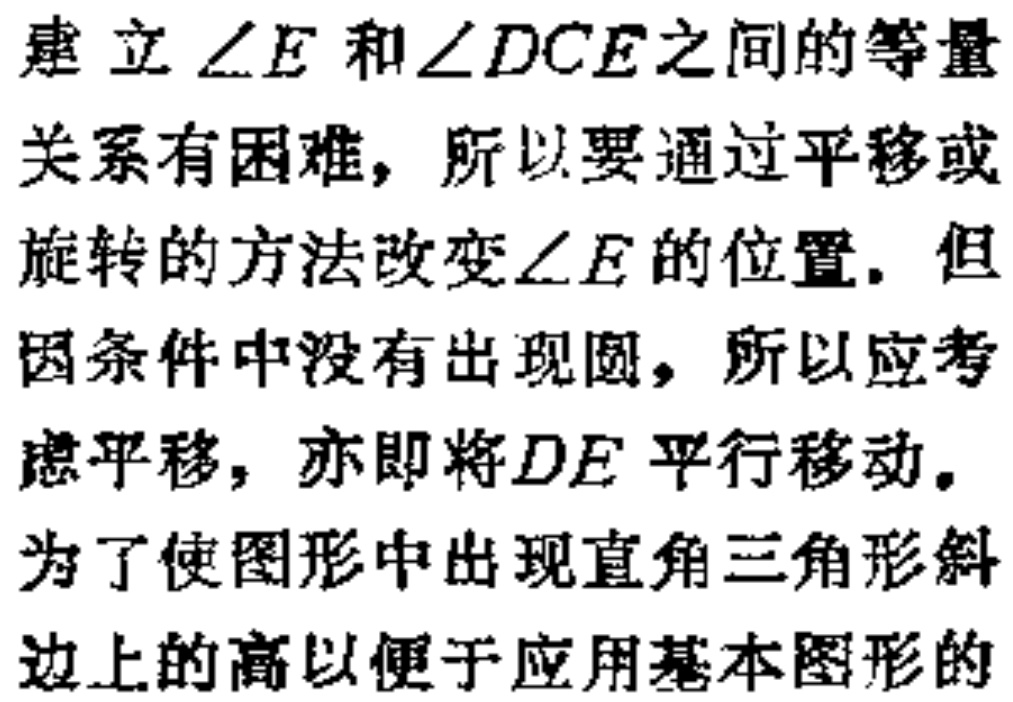
建立$\angle E$和$\angle DCE$之间的等量
关系有困难，所以要通过平移或
旋转的方法改变$\angle E$的位置. 但
因条件中没有出现圆，所以应考
虑平移，亦即将$DE$平行移动.
为了使图形中出现直角三角形斜
边上的高以便于应用基本图形的